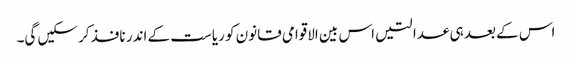
اس کے بعد ہی عدالتیں اس بین الاقوامی قانون کو ریاست کے اندر نافذ کرسکیں گی۔